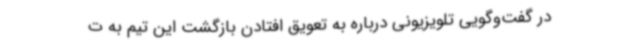
در گفت‌وگویی تلویزیونی درباره به تعویق افتادن بازگشت این تیم به ت